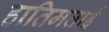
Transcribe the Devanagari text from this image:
हातिमताई